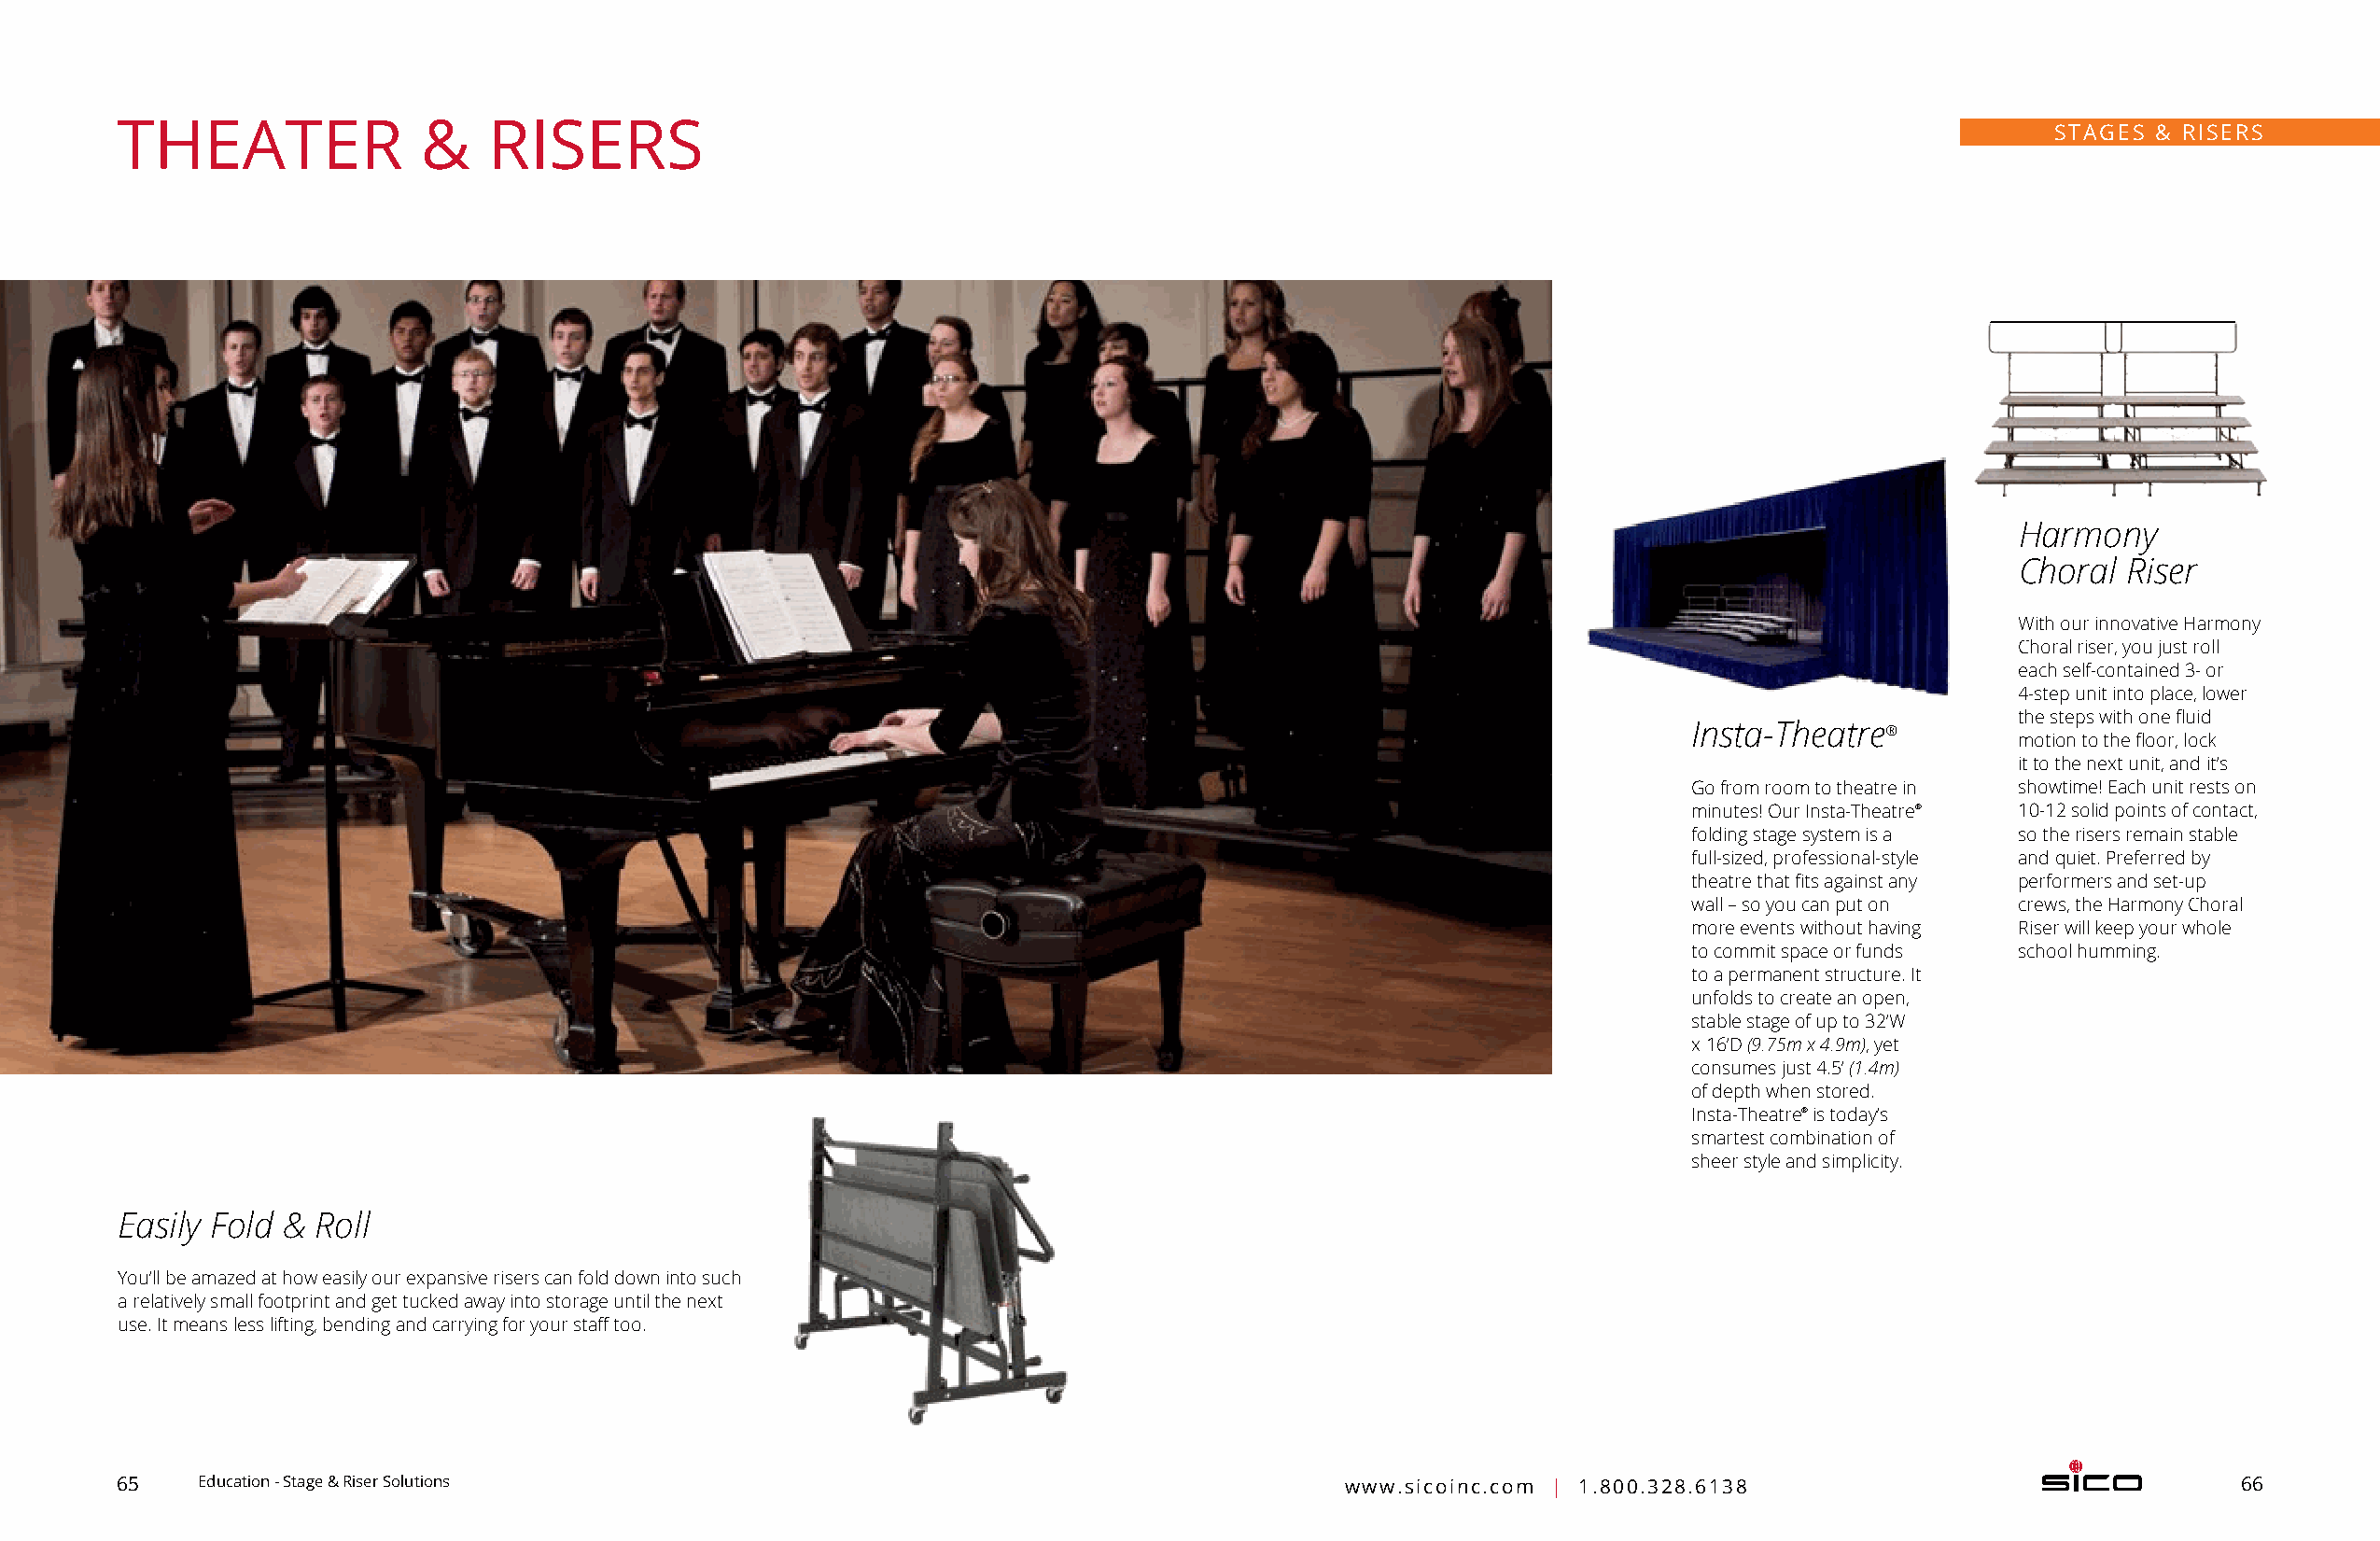
THEATER               &    RISERS                                                                                                         STAGES & RISERS
 Harmony
 Choral  Riser
 With our innovative H armony
 Choral riser, you just roll
 each self-contained 3- or
 4-step unit into place, lower
 the steps with one fluid
 Insta-Theatre®
 motion to the floor, lock
 it to the next unit, and it’s
 Go from room to theatre in showtime! Each unit rests on
 minutes! Our Insta-Theatre® 10-12 solid points of contact,
 folding stage system is a so the r isers remain stable
 full-sized, professional-style and quiet. Preferred by
 theatre that fits against any performers and set-up
 wall – so you can put on crews, the Harmony Choral
 more events without having Riser will keep your whole
 to commit space or funds school humming.
 to a permanent structure. It
 unfolds to create an open,
 stable stage of up to 32’W
 x 16’D (9.75m x 4.9m), yet
 consumes just 4.5’ (1.4m)
 of depth when stored.
 Insta-Theatre® is today’s
 smartest combination of
 sheer style and simplicity.
 Easily Fold & Roll
 You’ll be amazed at how easily our expansive risers can fold down into such
 a relatively small footprint and get tucked away into storage until the next
 use. It means less lifting, bending and carrying for your staff too.
 65    Education - Stage & Riser Solutions                                              www.sicoinc.com | 1.800.328.6138                                66